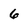
Character: 6